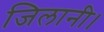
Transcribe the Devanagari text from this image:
जिलानी।